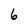
Character: 6